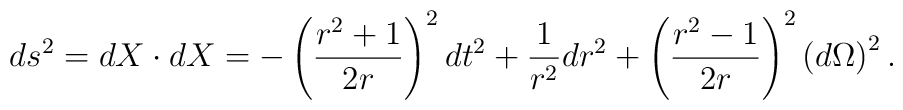
ds^2=dX\cdot dX=-\left( \frac{r^2+1}{2r}\right) ^2dt^2+\frac1{r^2}dr^2+\left( \frac{r^2-1}{2r}\right) ^2\left( d\Omega \right) ^2{.}